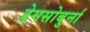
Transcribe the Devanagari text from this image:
हेमसोबुर्ना